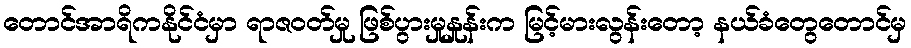
တောင်အာရိကနိုင်ငံမှာ ရာဇဝတ်မှု ဖြစ်ပွားမှုနှုန်းက မြင့်မားလွန်းတော့ နယ်ခံတွေတောင်မှ